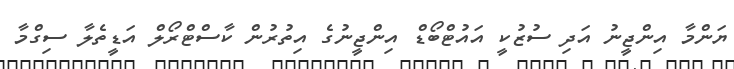
ޔަންމާ އިންޖީނު އަދި ސުޒުކީ އައުޓްބޯޑް އިންޖީނުގެ އިތުރުން ކާސްޓްރޯލް އަޑީތެލާ ސިގްމާ